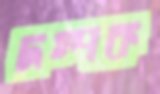
দম্পক